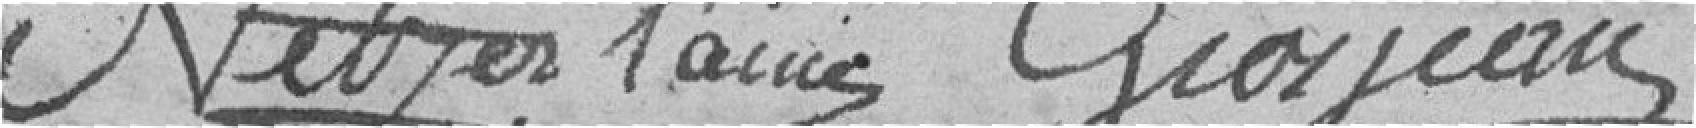
Netzer l'ainé Grosjean